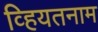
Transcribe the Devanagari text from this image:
व्हियतनाम